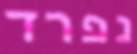
נפרד